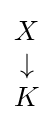
{\begin{matrix}X\\\downarrow \\K\end{matrix}}